Medical and sanitary report of the native army of Bengal for the year
Year: 1877
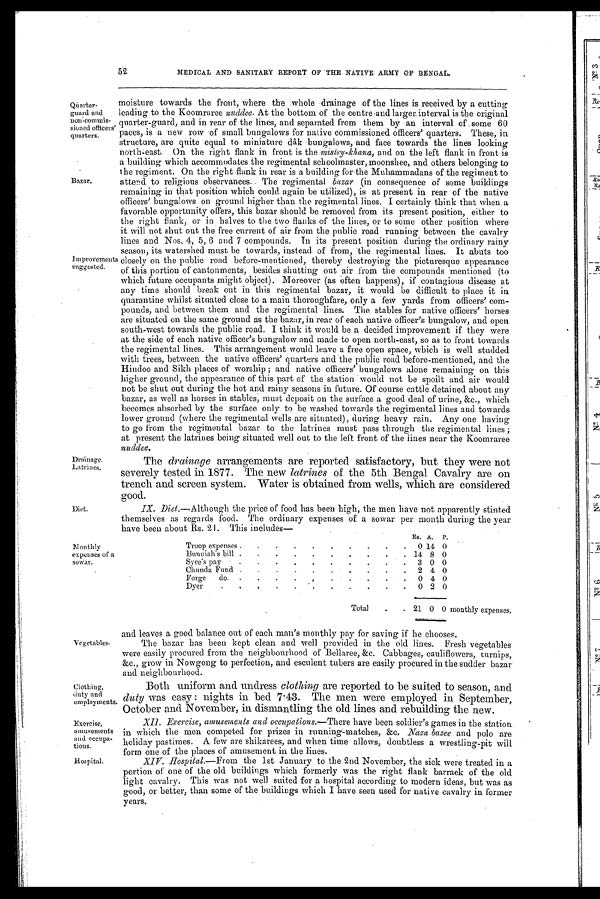
52
MEDICAL AND SANITARY REPORT OF THE NATIVE ARMY OF BENGAL.
Quarter-
guard and
non-commis-
sioned officers.
quarters.
Bazar.
Improvements
suggested.
Drainage.
Latrines.
Diet.
moisture towards the front, where the whole drainage of the lines is received by a cutting
leading to the Koomraree nuddee. At the bottom of the centre and largerinterval is the original
quarter-guard, and in rear of the lines, and separated from them by an interval of some 60
paces, is a new row of small bungalows for native commissioned officers' quarters. These, in
structure, are quite equal to miniature dâk bungalows, and face towards the lines looking
north-east. On the right flank in front is the mistry-khana, and on the left flank in front is
a building which accommodates the regimental schoolmaster, moonshee, and others belonging to
the regiment. On the right flank in rear is a building for the Muhammadans of the regiment to
attend to religious observances. The regimental bazar (in consequence of some buildings
remaining in that position which could. again be utilized), is at present in rear of the native
officers' bungalows on ground higher than the regimental lines. I certainly think that when. a
favorable opportunity offers, this bazar should be removed from its present position, either to
the right flank, or in halves to the two flanks of the lines, or to some other position where
it will not shut out the free current of air from the public road running between the cavalry
lines and Nos. 4, 5, 6 and 7 compounds. In its present position during the ordinary rainy
season, its watershed must be towards, instead of from, the regimental lines. It abuts too
closely on the public road before-mentioned, thereby destroying the picturesque appearance
of this portion of cantonments, besides shutting out air from the compounds mentioned (to
which future occupants might object). Moreover (as often happens), if contagious disease at
any time should break out in this regimental bazar, it would be difficult to place it in
quarantine whilst situated close to a main thoroughfare, only a few yards from officers' com-
pounds, and between them and the regimental lines. The stables for native officers' horses
are situated on the same ground as the bazar, in rear of each native officer's bungalow, and open
south-west towards the public road. I think it would be a decided improvement if they were
at the side of each native officer's bungalow and made to open north-east, so as to front towards
t he regi ment al l i nes. Thi s arranement woul d l eave a free open space, whi ch i s wel l st udded
with trees, between the native officers' quarters and the public road before-mentioned, and the
Hindoo and Sikh places of worship ; and native officers' bungalows alone remaining on this
higher ground, the appearance of this part of the station would not be spoilt and air would
not be shut out during the hot and rainy seasons in future. Of course cattle detained about any
bazar, as well as horses in stables, must deposit on the surface a good deal of urine, &c., which
becomes absorbed by the surface only to be washed towards the regimental lines and towards
lower ground (where the regimental wells are situated), during heavy rain. Any one having
to go from the regimental bazar to the latrines must pass through the regimental lines ;
at present the latrines being situated well out to the left front of the lines near the Koomraree
n u d d e e
.
The drainage arrangements are reported satisfactory, but they were not
severely tested in 1877. The new latrines of the 5th Bengal Cavalry are on
trench and screen system. Water is obtained from wells, Which are considered
good.
IX. Diet.—Although the price of food has been high, the men have not apparently stinted
themselves as regards food. The ordinary expenses of a sowar per month during the year
have been about Rs. 21. This includes—
Monthly
expenses of a
sowar.
Vegetables.
Clothing,
duty and
employments
Exercise,
amusements
and occupa-
tions.
Hospital.
Troop expenses .
.
.
.
.
.
Rs.
0
A.
14
P.
0
Bunniah 's bill .
.
.
.
.
.
:
:
:
14 8 0
Syce's pay .
.
3 0 0
Forge do
.
. .
.
.
.
.
.
: 2 4 0
Forge do. .
. .
.
,
.
.
0 4 0
Dyer
.
.
.
'
'
.
'
'
:
.
.
0 2 0
.
Total
.
. 21 0 0 monthly expenses,
and leaves a good balance out of each man's monthly pay for saving if he chooses.
The bazar has been kept clean and well provided in the old lines. Fresh vegetables
were easily procured from the neighbourhood of Bellaree, &c. Cabbages, cauliflowers, turnips,
&c., grow in Nowgong to perfection, and esculent tubers are easily procured in the sudder bazar
and neighbourhood.
Both uniform and undress clothing are reported to be suited to season, and
duty was easy : nights in bed 7.43. The men were employed in September,
October and November, in dismantling the old lines and rebuilding the new.
XII. Exercise, amusements and occupations. —There have been soldier's games in the station.
in which the men competed for prizes in running-matches, &c. Naza bazee and polo are
holiday pastimes. A few are shikarees, and when time allows, doubtless a wrestling-pit will
form one of the places of amusement in the lines.
XIV. Hospital .—From the 1st January to the 2nd November, the sick were treated in a
portion of one of the old buildings which formerly was the right flank barrack of the old
light cavalry. This was not well suited for a hospital according to modern ideas, but was as
good, or better, than some of the buildings which I have seen used for native cavalry in former
years.